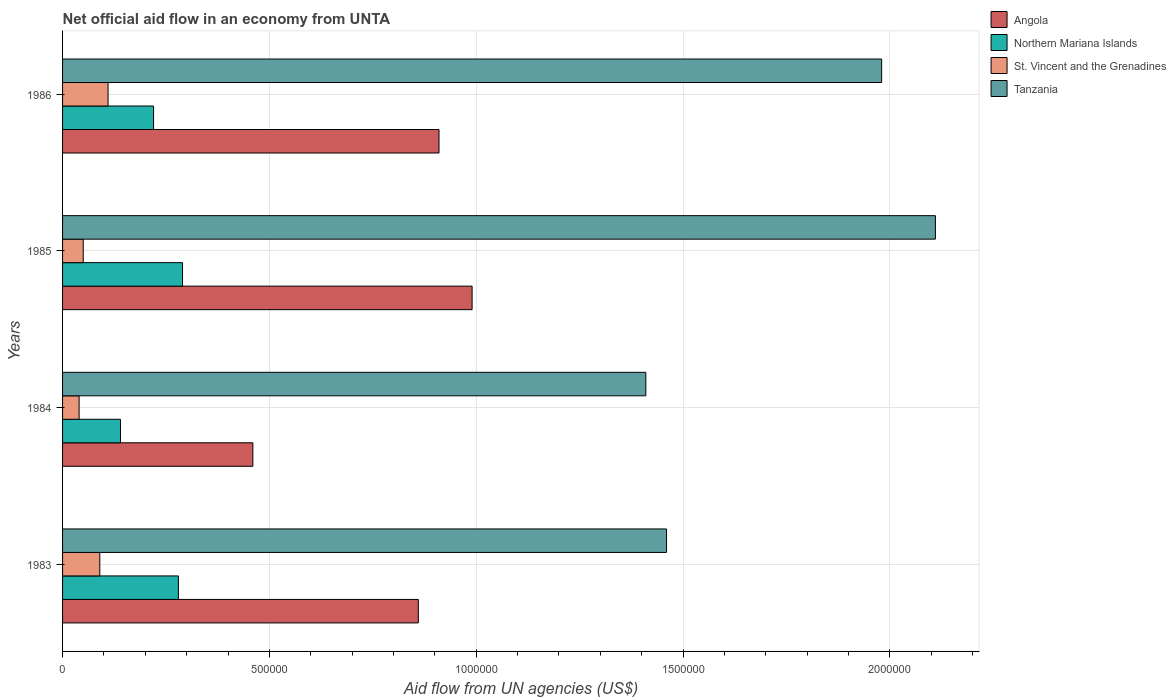
| Years | Angola | Northern Mariana Islands | St. Vincent and the Grenadines | Tanzania |
 | --- | --- | --- | --- | --- |
 | 1983 | 8.6e+05 | 2.8e+05 | 9e+04 | 1.46e+06 |
 | 1984 | 4.6e+05 | 1.4e+05 | 4e+04 | 1.41e+06 |
 | 1985 | 9.9e+05 | 2.9e+05 | 5e+04 | 2.11e+06 |
 | 1986 | 9.1e+05 | 2.2e+05 | 1.1e+05 | 1.98e+06 |